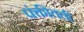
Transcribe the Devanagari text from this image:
पंक्तीतली